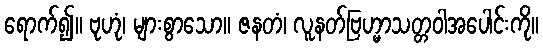
ရောက်၍။ ဗုဟုံ၊ များစွာသော။ ဇနတံ၊ လူနတ်ဗြဟ္မာသတ္တဝါအပေါင်းကို။